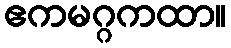
ဧကမဂ္ဂကထာ။